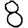
Digit: 8